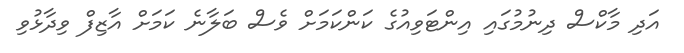
އަދި މާކްސް ދިނުމުގައި އިންޓަވިއުގެ ކަންކަމަށް ވެސް ބަލާނެ ކަމަށް އާޒިފް ވިދާޅުވި